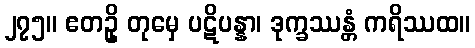
၂၇၅။ ဧတဥှိ တုမှေ ပဋိပန္နာ၊ ဒုက္ခဿန္တံ ကရိဿထ။